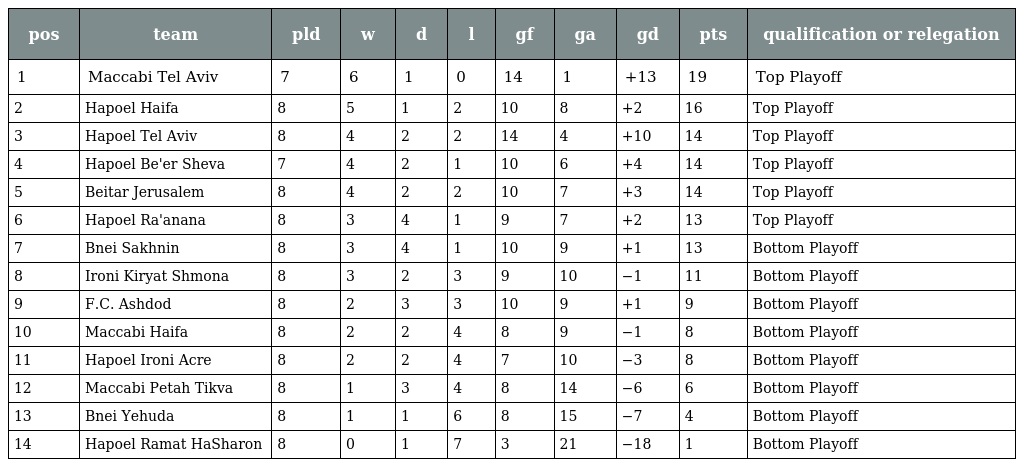
| pos | team | pld | w | d | l | gf | ga | gd | pts | qualification or relegation |
 | --- | --- | --- | --- | --- | --- | --- | --- | --- | --- | --- |
 | 1 | Maccabi Tel Aviv | 7 | 6 | 1 | 0 | 14 | 1 | +13 | 19 | Top Playoff |
 | 2 | Hapoel Haifa | 8 | 5 | 1 | 2 | 10 | 8 | +2 | 16 | Top Playoff |
 | 3 | Hapoel Tel Aviv | 8 | 4 | 2 | 2 | 14 | 4 | +10 | 14 | Top Playoff |
 | 4 | Hapoel Be'er Sheva | 7 | 4 | 2 | 1 | 10 | 6 | +4 | 14 | Top Playoff |
 | 5 | Beitar Jerusalem | 8 | 4 | 2 | 2 | 10 | 7 | +3 | 14 | Top Playoff |
 | 6 | Hapoel Ra'anana | 8 | 3 | 4 | 1 | 9 | 7 | +2 | 13 | Top Playoff |
 | 7 | Bnei Sakhnin | 8 | 3 | 4 | 1 | 10 | 9 | +1 | 13 | Bottom Playoff |
 | 8 | Ironi Kiryat Shmona | 8 | 3 | 2 | 3 | 9 | 10 | −1 | 11 | Bottom Playoff |
 | 9 | F.C. Ashdod | 8 | 2 | 3 | 3 | 10 | 9 | +1 | 9 | Bottom Playoff |
 | 10 | Maccabi Haifa | 8 | 2 | 2 | 4 | 8 | 9 | −1 | 8 | Bottom Playoff |
 | 11 | Hapoel Ironi Acre | 8 | 2 | 2 | 4 | 7 | 10 | −3 | 8 | Bottom Playoff |
 | 12 | Maccabi Petah Tikva | 8 | 1 | 3 | 4 | 8 | 14 | −6 | 6 | Bottom Playoff |
 | 13 | Bnei Yehuda | 8 | 1 | 1 | 6 | 8 | 15 | −7 | 4 | Bottom Playoff |
 | 14 | Hapoel Ramat HaSharon | 8 | 0 | 1 | 7 | 3 | 21 | −18 | 1 | Bottom Playoff |